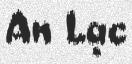
An Lạc